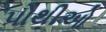
પોથીઓ